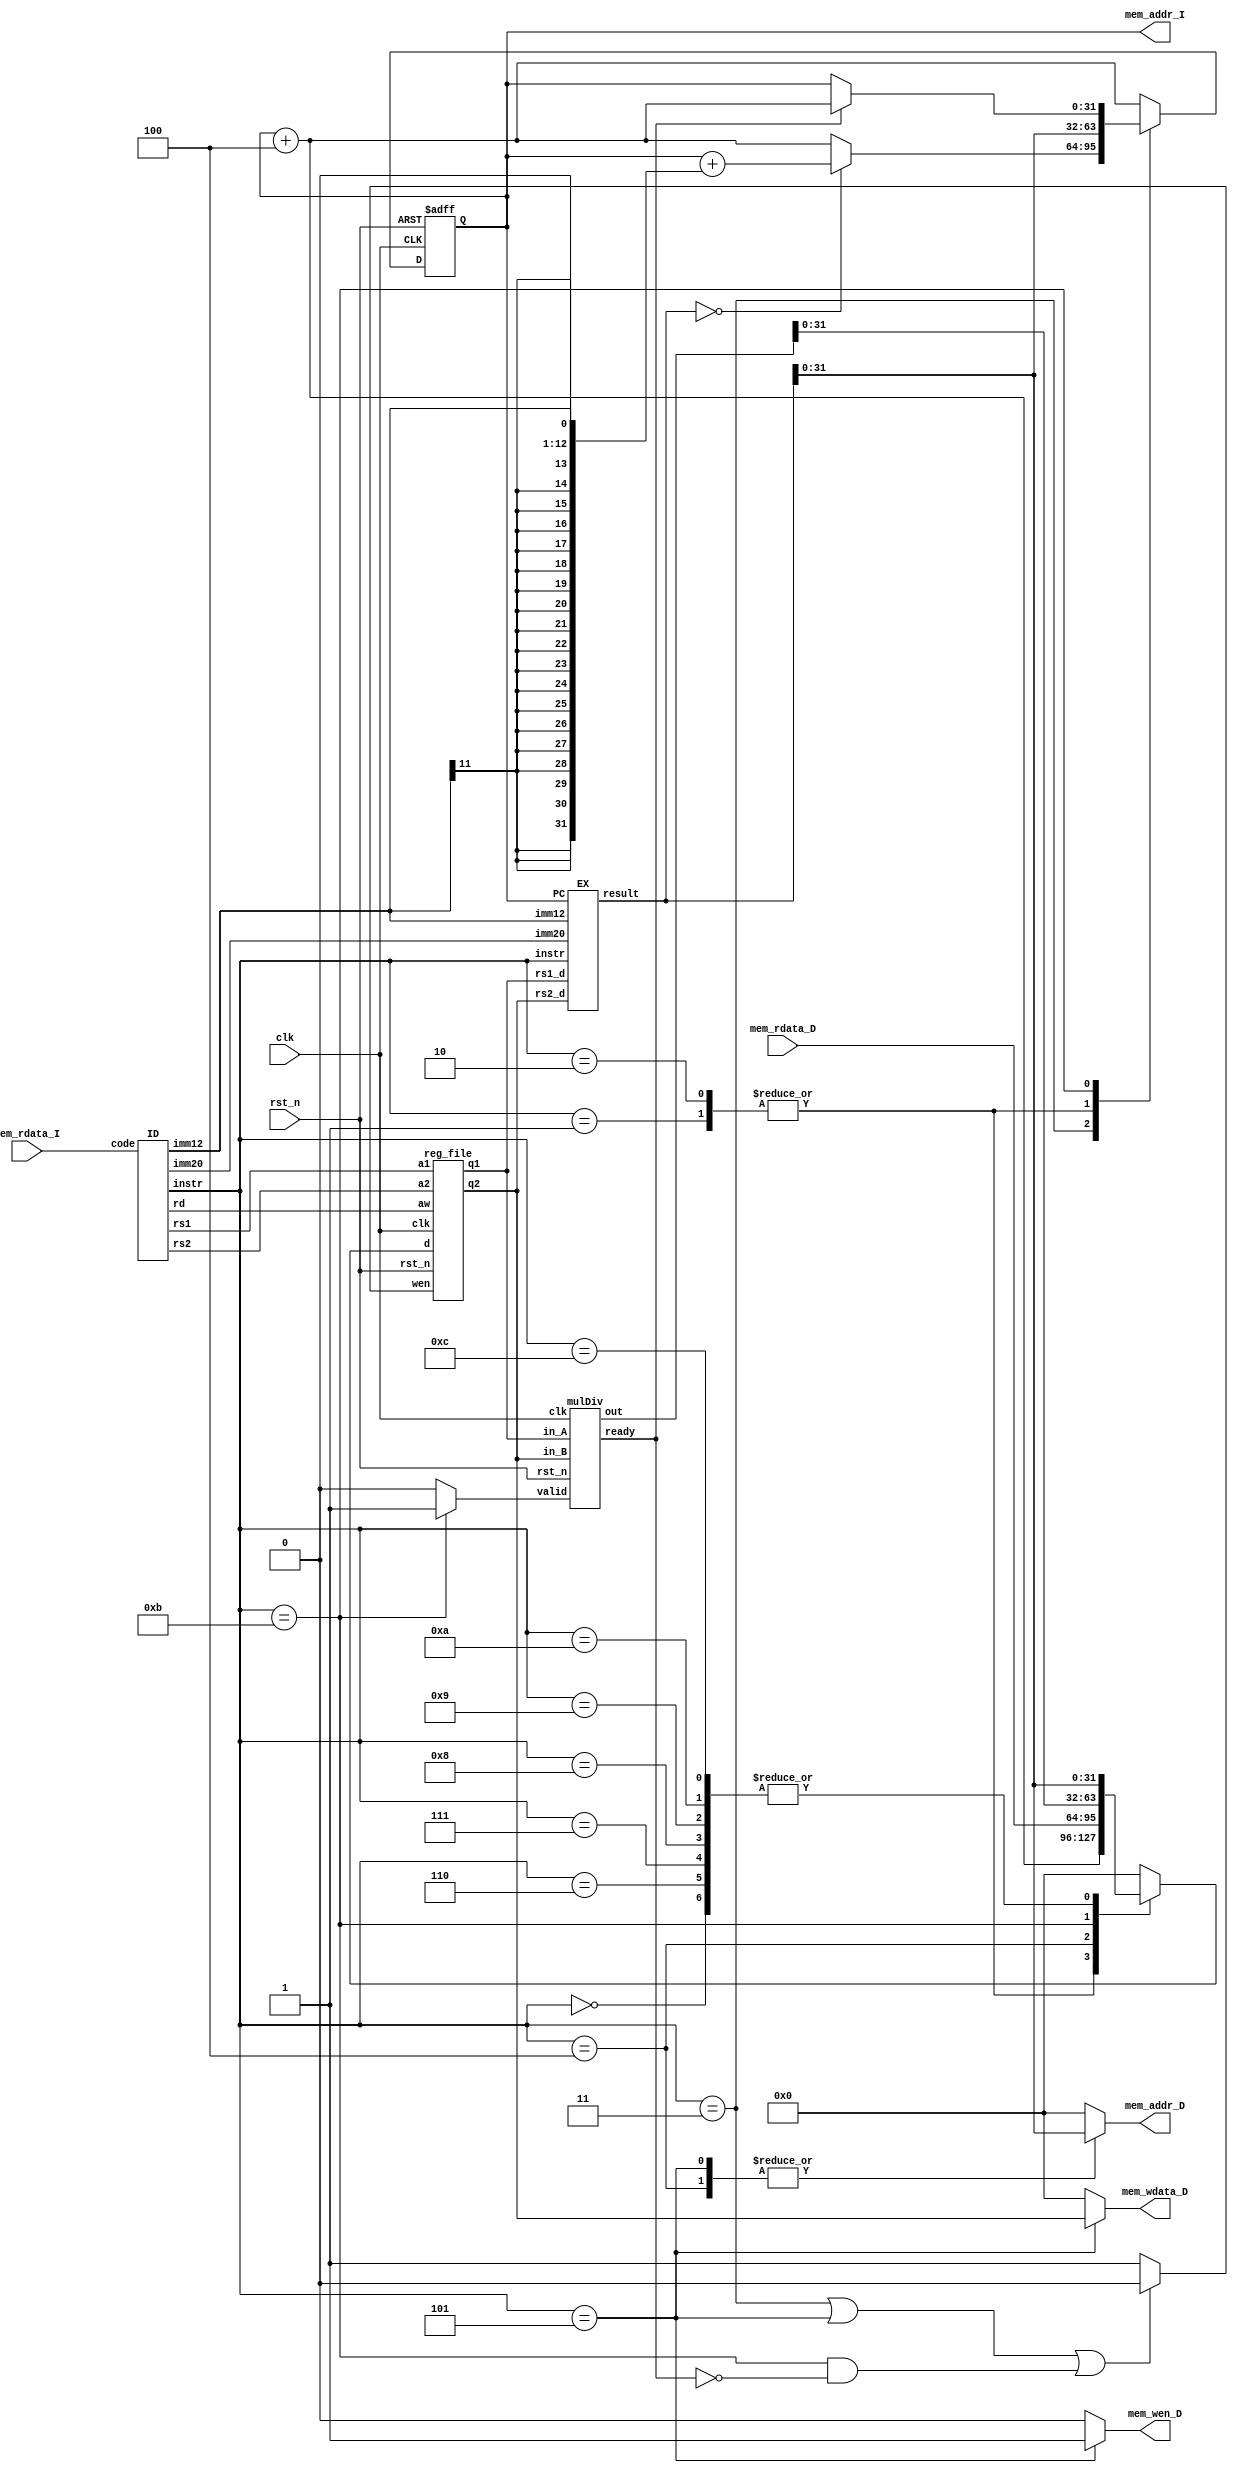
// Your code
module CHIP(clk,
            rst_n,
            // For mem_D
            mem_wen_D,
            mem_addr_D,
            mem_wdata_D,
            mem_rdata_D,
            // For mem_I
            mem_addr_I,
            mem_rdata_I
    );
    //==== I/O Declaration ========================
    input         clk, rst_n ;
    // For mem_D
    output        mem_wen_D  ;
    output [31:0] mem_addr_D ;
    output [31:0] mem_wdata_D;
    input  [31:0] mem_rdata_D;
    // For mem_I
    output [31:0] mem_addr_I ;
    input  [31:0] mem_rdata_I;

    //==== Reg/Wire Declaration ===================
    //---------------------------------------//
    // Do not modify this part!!!            //
    // Exception: You may change wire to reg //
    reg    [31:0] PC          ;              //
    reg    [31:0] PC_nxt      ;              //
    wire          regWrite    ;              //
    wire   [ 4:0] rs1, rs2, rd;              //
    wire   [31:0] rs1_data    ;              //
    wire   [31:0] rs2_data    ;              //
    reg    [31:0] rd_data     ;              //
    //---------------------------------------//

    // Todo: other wire/reg
    wire valid, ready;

    reg         mem_wen_D;
    reg  [31:0] mem_addr_D;
    reg  [31:0] mem_wdata_D;

    reg  [31:0] code;
    wire [ 3:0] instr;
    wire [19:0] imm20;
    wire [11:0] imm12;
    wire [32:0] alu_result;  // +1 bit for overflow?
    wire [63:0] mul_result;

    //==== Instruction ============================
    parameter AUIPC = 4'd0;
    parameter JAL   = 4'd1;
    parameter JALR  = 4'd2;
    parameter BEQ   = 4'd3;
    parameter LW    = 4'd4;
    parameter SW    = 4'd5;
    parameter ADDI  = 4'd6;
    parameter SLTI  = 4'd7;
    parameter ADD   = 4'd8;
    parameter SUB   = 4'd9;
    parameter XOR   = 4'd10;
    parameter MUL   = 4'd11;
    parameter SRAI  = 4'd12;


    //==== Submodule Connection ===================
    //---------------------------------------//
    // Do not modify this part!!!            //
    reg_file reg0(                           //
        .clk(clk),                           //
        .rst_n(rst_n),                       //
        .wen(regWrite),                      //
        .a1(rs1),                            //
        .a2(rs2),                            //
        .aw(rd),                             //
        .d(rd_data),                         //
        .q1(rs1_data),                       //
        .q2(rs2_data));                      //
    //---------------------------------------//

    // Todo: other submodules
    ID id0(
        .code(code),
        .instr(instr),
        .rd(rd),
        .rs1(rs1),
        .rs2(rs2),
        .imm20(imm20),
        .imm12(imm12)
    );

    EX ex0(
        .instr(instr),
        .rs1_d(rs1_data),
        .rs2_d(rs2_data),
        .imm20(imm20),
        .imm12(imm12),
        .PC(PC),
        .result(alu_result)
    );

    mulDiv mul0(
        .clk(clk),
        .rst_n(rst_n),
        .valid(valid),
        .ready(ready),
        .in_A(rs1_data),
        .in_B(rs2_data),
        .out(mul_result)
    );


    //==== Combinational Part =====================
    // 0. control
    assign regWrite = (instr == BEQ || instr == SW || (instr == MUL && !ready)) ? 0 : 1;
    assign valid = (instr == MUL) ? 1 : 0;

    // 1. IF: instruction fetch
    assign mem_addr_I = PC;

    // 2. ID: instruction decode
    // decode in ID submodule
    // read register in reg_file submodule
    always @(*) begin
        code = mem_rdata_I;
    end

    // 3. EX: execute
    // calculate alu_result in EX submodule
    // update PC_nxt
    always @(*) begin
        case (instr)
            BEQ: begin 
                if (alu_result == 0) begin
                    PC_nxt = PC + {{19{imm12[11]}}, imm12, 1'b0};
                end
                else PC_nxt = PC + 4;
            end
            JAL:   PC_nxt = alu_result;
            JALR:  PC_nxt = alu_result;
            MUL: begin
                if (ready) PC_nxt = PC + 4;
                else       PC_nxt = PC;
            end
            default: PC_nxt = PC + 4;
        endcase
    end

    // 4. MEM: memory access
    always @(*) begin
        case (instr)
            LW: begin
                mem_wen_D = 0;
                mem_addr_D = alu_result;
                mem_wdata_D = 0;
            end
            SW: begin
                mem_wen_D = 1;
                mem_addr_D = alu_result;
                mem_wdata_D = rs2_data;
            end
            default: begin
                mem_wen_D = 0;
                mem_addr_D = 0;
                mem_wdata_D = 0;
            end
        endcase
    end

    // 5. WB: write back
    always @(*) begin
        case (instr)
            AUIPC: rd_data = alu_result;
            JAL:   rd_data = PC + 4;
            JALR:  rd_data = PC + 4;
            LW:    rd_data = mem_rdata_D;
            ADDI:  rd_data = alu_result;
            SLTI:  rd_data = alu_result;
            ADD:   rd_data = alu_result;
            SUB:   rd_data = alu_result;
            XOR:   rd_data = alu_result;
            MUL:   rd_data = mul_result;
            SRAI:  rd_data = alu_result;
            default: rd_data = 0;
        endcase
    end

    //==== Sequential Part ========================
    always @(posedge clk or negedge rst_n) begin
        if (!rst_n) begin
            PC <= 32'h00400000; // Do not modify this value!!!
        end
        else begin
            PC <= PC_nxt;
        end
    end
endmodule


module reg_file(clk, rst_n, wen, a1, a2, aw, d, q1, q2);

    parameter BITS = 32;
    parameter word_depth = 32;
    parameter addr_width = 5; // 2^addr_width >= word_depth

    input clk, rst_n, wen; // wen: 0:read | 1:write
    input [BITS-1:0] d;
    input [addr_width-1:0] a1, a2, aw;

    output [BITS-1:0] q1, q2;

    reg [BITS-1:0] mem [0:word_depth-1];
    reg [BITS-1:0] mem_nxt [0:word_depth-1];

    integer i;

    assign q1 = mem[a1];
    assign q2 = mem[a2];

    always @(*) begin
        for (i=0; i<word_depth; i=i+1)
            mem_nxt[i] = (wen && (aw == i)) ? d : mem[i];
    end

    always @(posedge clk or negedge rst_n) begin
        if (!rst_n) begin
            mem[0] <= 0; // zero: hard-wired zero
            for (i=1; i<word_depth; i=i+1) begin
                case(i)
                    32'd2: mem[i] <= 32'h7fffeffc; // sp: stack pointer
                    32'd3: mem[i] <= 32'h10008000; // gp: global pointer
                    default: mem[i] <= 32'h0;
                endcase
            end
        end
        else begin
            mem[0] <= 0;
            for (i=1; i<word_depth; i=i+1)
                mem[i] <= mem_nxt[i];
        end
    end
endmodule



module mulDiv(clk, rst_n, valid, ready, in_A, in_B, out);
    // Todo: your HW2
    input         clk, rst_n;
    input         valid;
    output        ready;
    input  [31:0] in_A, in_B;
    output [63:0] out;

    reg [ 1:0] state, state_nxt;
    reg [ 4:0] counter, counter_nxt;
    reg [63:0] shreg, shreg_nxt;
    reg [31:0] alu_in, alu_in_nxt;
    reg [31:0] alu_out;

    // state
    parameter IDLE = 2'd0;
    parameter MULDIV = 2'd1;
    parameter OUT = 2'd2;


    assign out = shreg;
    assign ready = (state == OUT) ? 1 : 0;

    // Combinational always block
    // FSM
    always @(*) begin
        case (state)
            IDLE: begin
                if (valid) state_nxt = MULDIV;
                else state_nxt = IDLE;
            end
            MULDIV: begin
                if (counter == 31) state_nxt = OUT;
                else state_nxt = MULDIV;
            end
            OUT: state_nxt = IDLE;
            default: state_nxt = IDLE;
        endcase
    end

    // counter
    always @(*) begin
        if (state == MULDIV) counter_nxt = counter + 1;
        else counter_nxt = 0;
    end
    
    // ALU input
    always @(*) begin
        case (state)
            IDLE: begin
                if (valid) alu_in_nxt = in_B;
                else       alu_in_nxt = 0;
            end
            MULDIV:  alu_in_nxt = alu_in;
            OUT:     alu_in_nxt = 0;
            default: alu_in_nxt = 0;
        endcase
    end

    // ALU output
    always @(*) begin
        if (state == MULDIV) begin
            if (shreg[0] == 1'b1) alu_out = shreg[63:32] + alu_in;
            else                  alu_out = shreg[63:32];
        end
        else alu_out = 33'd0;
    end

    // shift register
    always @(*) begin
        case (state)
            IDLE: begin
                if (valid) shreg_nxt = {32'b0, in_A};
                else       shreg_nxt = shreg;
            end
            MULDIV:  shreg_nxt = {alu_out, shreg[31:1]};
            default: shreg_nxt = shreg;
        endcase
    end

    // Sequential always block
    always @(posedge clk or negedge rst_n) begin
        if (!rst_n) begin
            state <= OUT;
            counter <= 0;
            shreg <= 0;
            alu_in <= 0;
        end
        else begin
            state <= state_nxt;
            counter <= counter_nxt;
            shreg <= shreg_nxt;
            alu_in <= alu_in_nxt;
        end
    end
endmodule



module ID(code, instr, rd, rs1, rs2, imm20, imm12);
    // input instruction code
    // output code segment for later use
    input  [31:0] code;
    output [ 3:0] instr;
    output [ 4:0] rd, rs1, rs2;
    output [19:0] imm20;
    output [11:0] imm12;

    reg [ 3:0] type;
    reg [ 4:0] rd, rs1, rs2;
    reg [19:0] imm20;
    reg [11:0] imm12;

    parameter AUIPC = 7'b10111;
    parameter JAL   = 7'b1101111;
    parameter JALR  = 7'b1100111;
    parameter BEQ   = 7'b1100011;
    parameter LW    = 7'b11;
    parameter SW    = 7'b100011;
    parameter ALUI  = 7'b10011;
    parameter ALU   = 7'b110011;

    parameter ADDI  = 3'b0;
    parameter SLTI  = 3'b10;
    parameter SRAI  = 3'b101;
    parameter ADD   = 4'b0;
    parameter SUB   = 4'b1000;
    parameter XOR   = 4'b100;

    assign instr = type;

    always @(*) begin
        rd = 0;
        rs1 = 0;
        rs2 = 0;
        imm20 = 0;
        imm12 = 0;
        case (code[6:0])
            AUIPC: begin
                type = 4'd0;
                rd = code[11:7];
                imm20 = code[31:12];
            end
            JAL: begin
                type = 4'd1;
                rd = code[11:7];
                imm20 = {code[31], code[19:12], code[20], code[30:21]};
            end
            JALR: begin
                type = 4'd2;
                rd = code[11:7];
                rs1 = code[19:15];
                imm12 = code[31:20];
            end
            BEQ: begin
                type = 4'd3;
                rs1 = code[19:15];
                rs2 = code[24:20];
                imm12 = {code[31], code[7], code[30:25], code[11:8]};
            end
            LW: begin
                type = 4'd4;
                rd = code[11:7];
                rs1 = code[19:15];
                imm12 = code[31:20];
            end
            SW: begin
                type = 4'd5;
                rs1 = code[19:15];
                rs2 = code[24:20];
                imm12 = {code[31:25], code[11:7]};
            end
            ALUI: begin
                rd = code[11:7];
                rs1 = code[19:15];
                case (code[14:12])
                    ADDI: begin 
                        type = 4'd6;
                        imm12 = code[31:20];
                    end
                    SLTI: begin
                        type = 4'd7;
                        imm12 = code[31:20];
                    end
                    SRAI: begin
                        type = 4'd12;
                        imm12 = {7'b0, code[24:20]};
                    end
                    default: begin
                        type = 4'd6;
                        imm12 = 12'b0;
                    end
                endcase
            end
            ALU: begin
                rd = code[11:7];
                rs1 = code[19:15];
                rs2 = code[24:20];
                if (code[31:25] == 7'b1) type = 4'd11;  // MUL
                else begin
                    case ({code[30], code[14:12]})
                        ADD: type = 4'd8;
                        SUB: type = 4'd9;
                        XOR: type = 4'd10;
                        default: type = 4'd8;
                    endcase
                end
            end
            default: type = 4'd0;
        endcase
    end
endmodule


module EX(instr, rs1_d, rs2_d, imm20, imm12, PC, result);
    input  [ 3:0] instr;
    input  [31:0] rs1_d, rs2_d;
    input  [19:0] imm20;
    input  [11:0] imm12;
    input  [31:0] PC;
    output [32:0] result;  // +1 bit for overflow?

    reg    [32:0] result;

    parameter AUIPC = 4'd0;
    parameter JAL   = 4'd1;
    parameter JALR  = 4'd2;
    parameter BEQ   = 4'd3;
    parameter LW    = 4'd4;
    parameter SW    = 4'd5;
    parameter ADDI  = 4'd6;
    parameter SLTI  = 4'd7;
    parameter ADD   = 4'd8;
    parameter SUB   = 4'd9;
    parameter XOR   = 4'd10;
    parameter MUL   = 4'd11;
    parameter SRAI  = 4'd12;

    always @(*) begin
        case (instr)
            AUIPC: result = {imm20, 12'b0} + PC;
            JAL:   result = PC + {{11{imm20[19]}}, imm20, 1'b0}; // write PC+4 to rd later
            JALR:  result = rs1_d + {{20{imm12[11]}}, imm12};
            BEQ:   result = rs1_d - rs2_d;
            LW:    result = rs1_d + {{20{imm12[11]}}, imm12};
            SW:    result = rs1_d + {{20{imm12[11]}}, imm12};
            ADDI:  result = rs1_d + {{20{imm12[11]}}, imm12};
            SLTI:  result = rs1_d < {{20{imm12[11]}}, imm12} ? 1 : 0;
            ADD:   result = rs1_d + rs2_d;
            SUB:   result = rs1_d - rs2_d;
            XOR:   result = rs1_d ^ rs2_d;
            SRAI:  result = rs1_d >>> imm12;
            default: result = 0;
        endcase
    end
endmodule